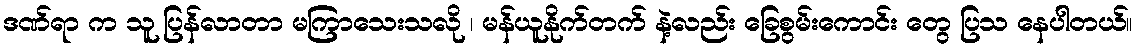
ဒဏ်ရာ က သူ ပြန်လာတာ မကြာသေးသလို ၊ မန်ယူနိုက်တက် နဲ့လည်း ခြေစွမ်းကောင်း တွေ ပြသ နေပါတယ်။